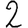
Digit: 2